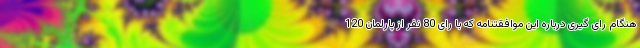
هنگام رای گیری درباره این موافقتنامه که با رای 80 نفر از پارلمان 120